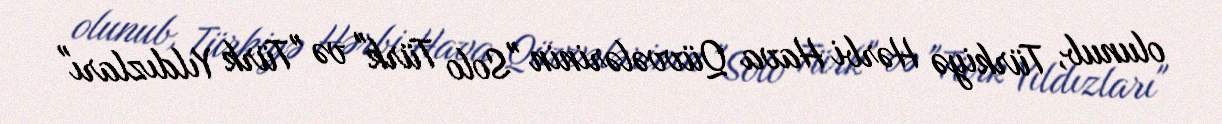
olunub, Türkiyə Hərbi Hava Qüvvələrinin "Solo Türk" və "Türk Yıldızları"